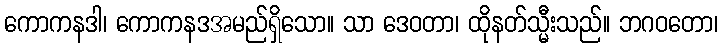
ကောကနဒါ၊ ကောကနဒအမည်ရှိသော။ သာ ဒေဝတာ၊ ထိုနတ်သ္မီးသည်။ ဘဂဝတော၊